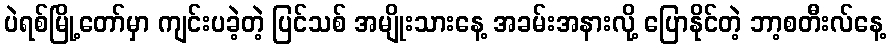
ပဲရစ်မြို့တော်မှာ ကျင်းပခဲ့တဲ့ ပြင်သစ် အမျိုးသားနေ့ အခမ်းအနားလို့ ပြောနိုင်တဲ့ ဘာ့စတီးလ်နေ့